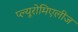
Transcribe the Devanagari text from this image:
प्ल्यूरोमिएलीज